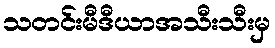
သတင်းမီဒီယာအသီးသီးမှ